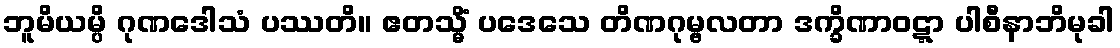
ဘူမိယမ္ပိ ဂုဏဒေါသံ ပဿတိ။ ဧတသ္မိံ ပဒေသေ တိဏဂုမ္ဗလတာ ဒက္ခိဏာဝဋ္ဋာ ပါစီနာဘိမုခါ